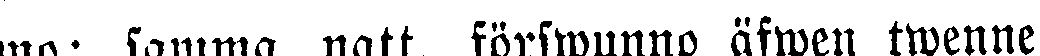
mo; samma natt, förswunno äfwen twenne